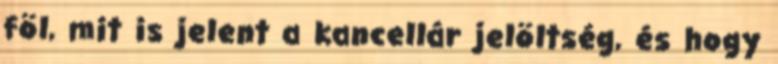
föl, mit is jelent a kancellár jelöltség, és hogy